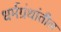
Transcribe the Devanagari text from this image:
धर्मग्रंथांतील